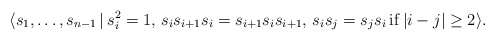
\begin{gather*}\langle s_{1},\ldots,s_{n-1} \,|\,s_{i}^2=1,\, s_{i}s_{i+1}s_{i}=s_{i+1}s_{i}s_{i+1},\, s_{i}s_{j}=s_{j}s_{i}\, {\rm if}\, |i-j| \ge 2 \rangle.\end{gather*}